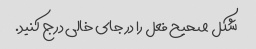
شکل صحیح فعل را در جای خالی درج کنید.